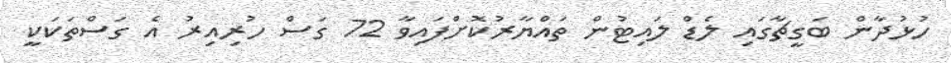
ހުޅުދާން ބަގީޗާގައި ލެޑް ލައިޓުން ތައްޔާރުކޮށްފައިވާ 72 ގަސް ހުރިއިރު އެ ގަސްތަކަކީ